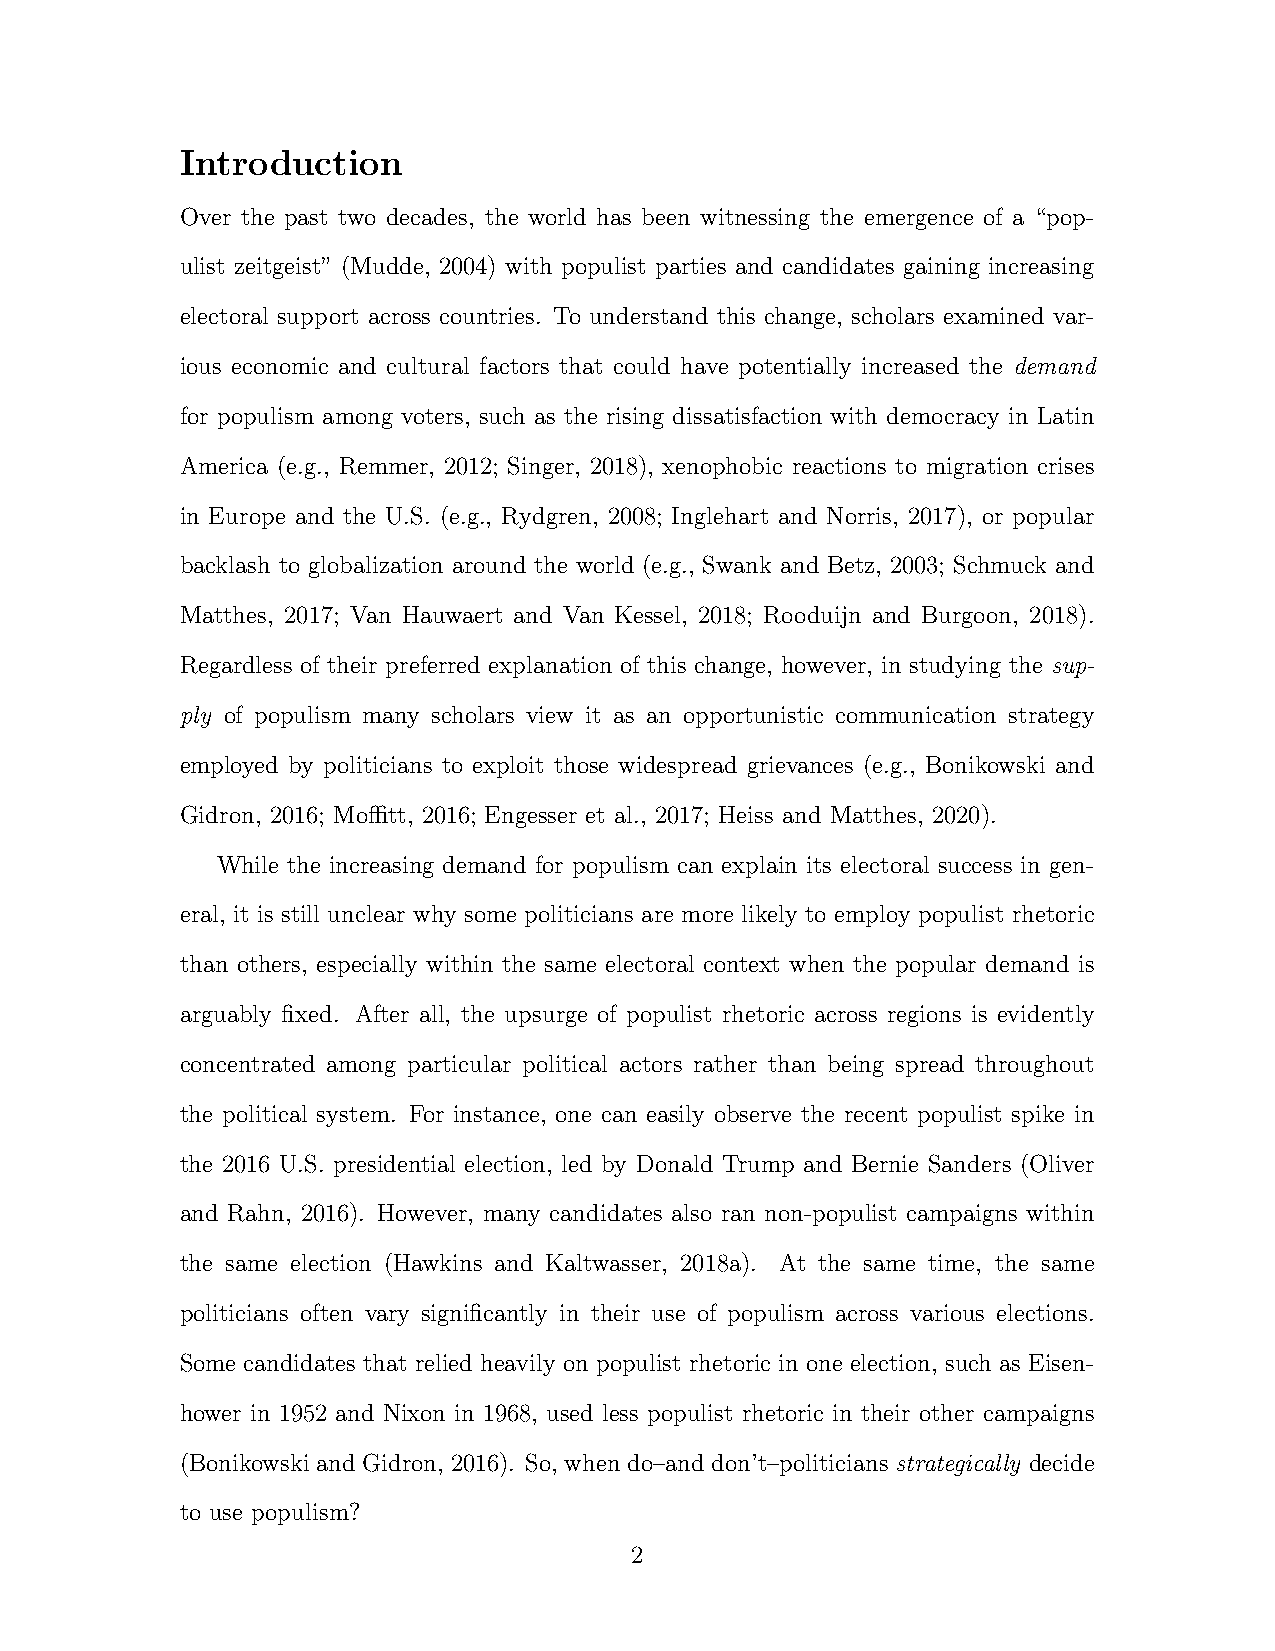
Introduction
 Over the past two decades, the world has been witnessing the emergence of a “pop-
 ulist zeitgeist” (Mudde, 2004) with populist parties and candidates gaining increasing
 electoral support across countries. To understand this change, scholars examined var-
 ious economic and cultural factors that could have potentially increased the demand
 for populism among voters, such as the rising dissatisfaction with democracy in Latin
 America (e.g., Remmer, 2012; Singer, 2018), xenophobic reactions to migration crises
 in Europe and the U.S. (e.g., Rydgren, 2008; Inglehart and Norris, 2017), or popular
 backlash to globalization around the world (e.g., Swank and Betz, 2003; Schmuck and
 Matthes, 2017; Van Hauwaert and Van Kessel, 2018; Rooduijn and Burgoon, 2018).
 Regardless of their preferred explanation of this change, however, in studying the sup-
 ply of populism many scholars view it as an opportunistic communication strategy
 employed by politicians to exploit those widespread grievances (e.g., Bonikowski and
 Gidron, 2016; Moffitt, 2016; Engesser et al., 2017; Heiss and Matthes, 2020).
 While the increasing demand for populism can explain its electoral success in gen-
 eral, it is still unclear why some politicians are more likely to employ populist rhetoric
 than others, especially within the same electoral context when the popular demand is
 arguably fixed. After all, the upsurge of populist rhetoric across regions is evidently
 concentrated among particular political actors rather than being spread throughout
 the political system. For instance, one can easily observe the recent populist spike in
 the 2016 U.S. presidential election, led by Donald Trump and Bernie Sanders (Oliver
 and Rahn, 2016). However, many candidates also ran non-populist campaigns within
 the same election (Hawkins and Kaltwasser, 2018a). At the same time, the same
 politicians often vary significantly in their use of populism across various elections.
 Some candidates that relied heavily on populist rhetoric in one election, such as Eisen-
 hower in 1952 and Nixon in 1968, used less populist rhetoric in their other campaigns
 (Bonikowski and Gidron, 2016). So, when do–and don’t–politicians strategically decide
 to use populism?
 2